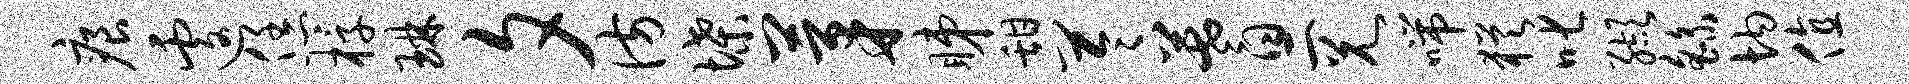
痕遽恁椁琳夕彷堞茅睇甜苓蓍二兄喘犹叱缬繇均值